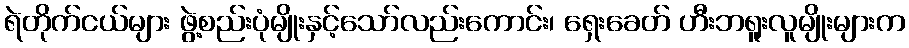
ရဲတိုက်ငယ်များ ဖွဲ့စည်းပုံမျိုးနှင့်သော်လည်းကောင်း၊ ရှေးခေတ် ဟီးဘရူးလူမျိုးများက